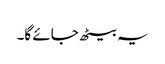
یہ بیٹھ جائے گا۔